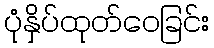
ပုံနှိပ်ထုတ်ဝေခြင်း